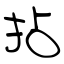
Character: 拈